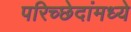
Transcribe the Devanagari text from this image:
परिच्छेदांमध्ये